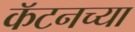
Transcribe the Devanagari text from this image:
कॅटनच्या